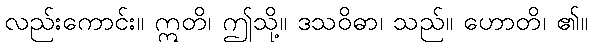
လည်းကောင်း။ ဣတိ၊ ဤသို့။ ဒသဝိဓာ၊ သည်။ ဟောတိ၊ ၏။